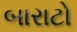
બારાટો